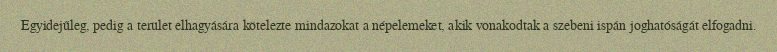
Egyidejűleg, pedig a terület elhagyására kötelezte mindazokat a népelemeket, akik vonakodtak a szebeni ispán joghatóságát elfogadni.